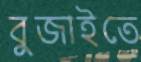
বুজাইতে